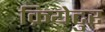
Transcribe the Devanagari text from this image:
क्रियेटुर